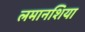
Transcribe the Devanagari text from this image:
लमानशिया